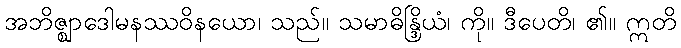
အဘိဇ္ဈာဒေါမနဿဝိနယော၊ သည်။ သမာဓိန္ဒြိယံ၊ ကို။ ဒီပေတိ၊ ၏။ ဣတိ